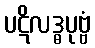
ပဋိလဒ္ဓပုဗ္ဗံ